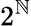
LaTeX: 2^{\mathbb{N}}